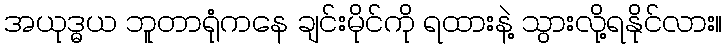
အယုဒ္ဓယ ဘူတာရုံကနေ ချင်းမိုင်ကို ရထားနဲ့ သွားလို့ရနိုင်လား။